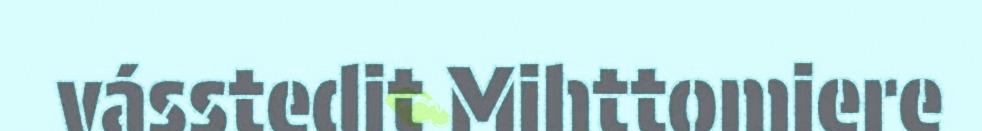
vásstedit Mihttomiere